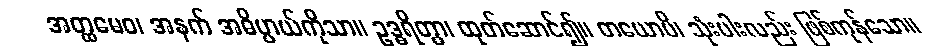
အတ္ထမေဝ၊ အနက် အဓိပ္ပာယ်ကိုသာ။ ဥဒ္ဓရိတွာ၊ ထုတ်ဆောင်၍။ တယောပိ၊ သုံးပါးလည်း ဖြစ်ကုန်သော။